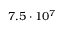
7 . 5 \cdot 1 0 ^ { 7 }